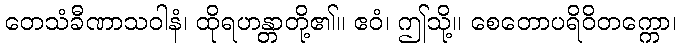
တေသံခီဏာသဝါနံ၊ ထိုရဟန္တာတို့၏။ ဧဝံ၊ ဤသို့။ စေတောပရိဝိတက္ကော၊